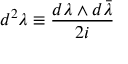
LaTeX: d ^ { 2 } \lambda \equiv \frac { d \lambda \wedge d \bar { \lambda } } { 2 i }